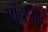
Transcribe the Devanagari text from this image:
मॉन्टमार्ट्रे